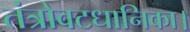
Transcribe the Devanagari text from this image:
तंत्रोवटधानिका।